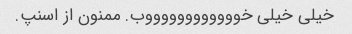
خیلی خیلی خووووووووووووب. ممنون از اسنپ.